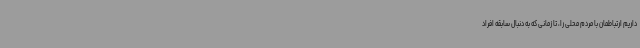
داریم ارتباطمان با مردم محلی را، تا زمانی که به دنبال سابقه افراد